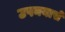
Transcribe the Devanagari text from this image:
उपनयासें